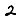
Digit: 2